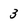
Character: 3